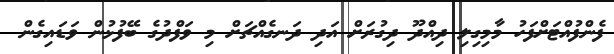
ފެންފުއްޓަށްފަހު މާމިގިލި ދިއްދޫ ދިގުރަށް އަދި ދަނގެއްޗަށް މި ވަފްދުގެ ބޭފުޅުން ވަޑައިގެން